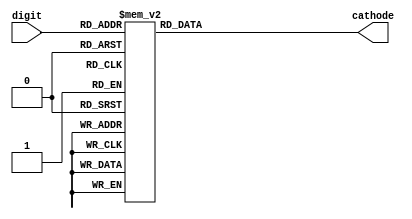
`timescale 1ns / 1ps

module BCD_to_cathodes(
    input [3:0] digit,
    output reg [7:0] cathode
    );
    
    always@(digit)begin
        case(digit)
            4'd0: cathode = 8'b11000000;
            4'd1: cathode = 8'b11111001;
            4'd2: cathode = 8'b10100100;
            4'd3: cathode = 8'b10110000;
            4'd4: cathode = 8'b10011001;
            4'd5: cathode = 8'b10010010;
            4'd6: cathode = 8'b10000010;
            4'd7: cathode = 8'b11111000;
            4'd8: cathode = 8'b10000000;
            4'd9: cathode = 8'b10010000;
            default: cathode = 8'b11000000;
        endcase
    end
    
endmodule